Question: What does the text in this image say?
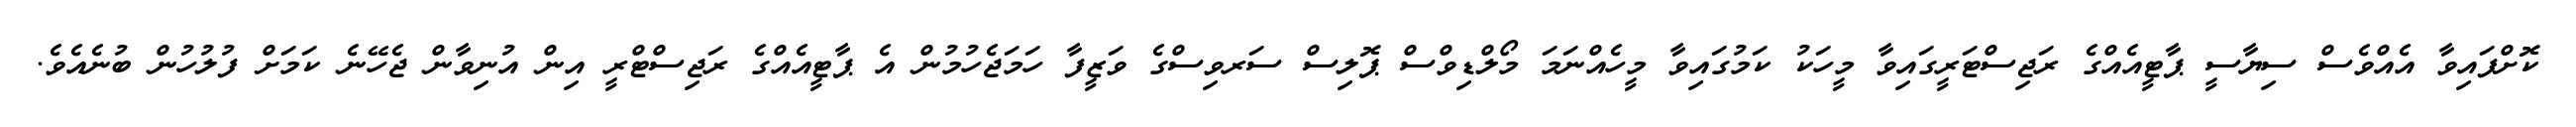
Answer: ކޮށްފައިވާ އެއްވެސް ސިޔާސީ ޕާޓީއެއްގެ ރަޖިސްޓަރީގައިވާ މީހަކު ކަމުގައިވާ މީހެއްނަމަ މޯލްޑިވްސް ޕޮލިސް ސަރވިސްގެ ވަޒީފާ ހަމަޖެހުމުން އެ ޕާޓީއެއްގެ ރަޖިސްޓްރީ އިން އުނިވާން ޖެހޭނެ ކަމަށް ފުލުހުން ބުނެއެވެ.